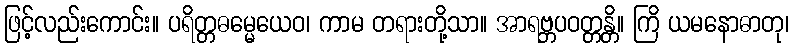
ဖြင့်လည်းကောင်း။ ပရိတ္တဓမ္မေယေဝ၊ ကာမ တရားတို့သာ။ အာရဗ္ဘပဝတ္တန္တိ။ ကြိ ယမနောဓာတု၊